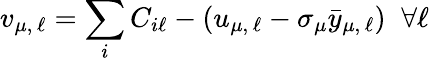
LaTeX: v_{\mu,\, \ell}=\sum_{i}C_{i\ell}-(u_{\mu,\, \ell}-\sigma_{\mu}\bar{y}_{\mu,\, \ell})\; \; \forall\ell